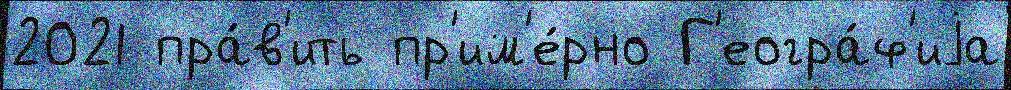
2021 пра́в'ить пр'им'е́рно Г'еогра́ф'иjа